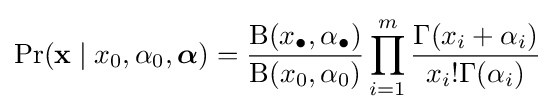
\Pr(\mathbf {x} \mid x_{0},\alpha _{0},{\boldsymbol {\alpha }})={\frac {\mathrm {B} (x_{\bullet },\alpha _{\bullet })}{\mathrm {B} (x_{0},\alpha _{0})}}\prod _{i=1}^{m}{\frac {\Gamma (x_{i}+\alpha _{i})}{x_{i}!\Gamma (\alpha _{i})}}